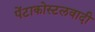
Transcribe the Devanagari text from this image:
पेंटाकोस्टलवादी